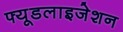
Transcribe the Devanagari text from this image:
फ्यूडलाइजेशन